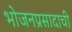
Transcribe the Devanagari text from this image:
भोजनप्रसादाची